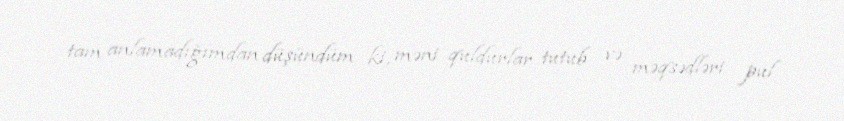
tam anlamadığımdan düşündüm ki, məni quldurlar tutub və məqsədləri pul